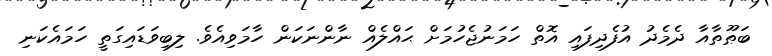
ބަޠޫތާއާ ދެމެދު އުފެދިފައި އޮތް ހަމަނުޖެހުމަށް ޙައްލެއް ނާންނަކަން ހާމަވިއެވެ. ލިބިވަޑައިގަތީ ހަމައެކަނި